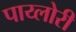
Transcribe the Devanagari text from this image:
पाय्लोरी